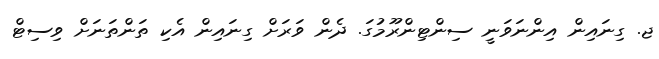
ޖ. ގިނައިން އިންނަވަނީ ސިންޓިންރޫމުގަ. ދެން ވަރަށް ގިނައިން އެކި ތަންތަނަށް ވިސިޓް